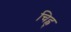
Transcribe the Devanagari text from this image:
चिह्न्